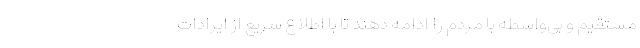
مستقیم و بی‌واسطه با مردم را ادامه دهند تا با اطلاع سریع از ایرادات